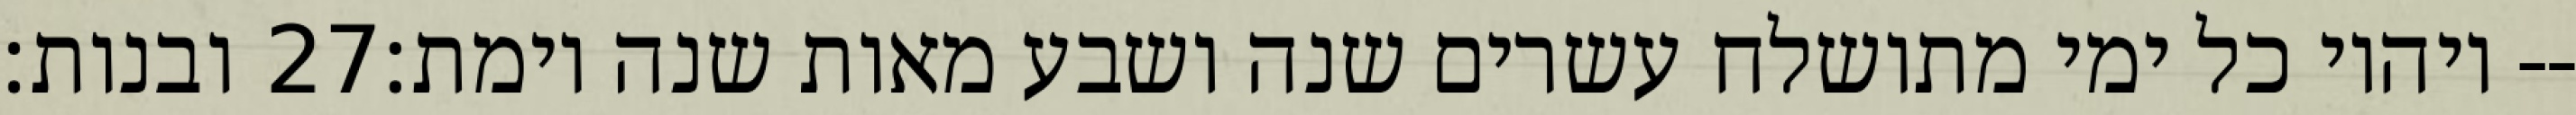
ובנות׃ ‎27‏ ויהיו כל ימי מתושלח עשרים שנה ושבע מאות שנה וימת׃--